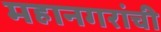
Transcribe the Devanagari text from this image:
महानगरांची